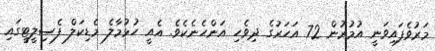
މަރުވެފައިވަނީ އުމުރުން 72 އަހަރުގެ ދިވެހި އަންހެނެކެވެ. އެއީ ހުޅުމާލެ މެޑިކަލް ފެސިލީޓީގައި